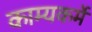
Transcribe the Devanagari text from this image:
काम्यकर्मे